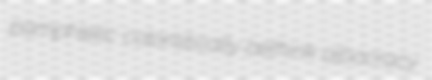
pamphletic coloristically bethink albocracy